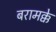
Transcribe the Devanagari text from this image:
बरामक्के